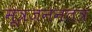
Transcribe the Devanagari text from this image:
मूत्रजननतंत्र